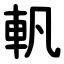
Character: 軓